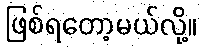
ဖြစ်ရတော့မယ်လို့။